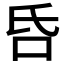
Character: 𠯑